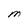
Character: M